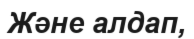
Және алдап,